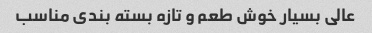
عالی بسیار خوش طعم و تازه بسته بندی مناسب